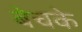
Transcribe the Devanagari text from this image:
बेचके